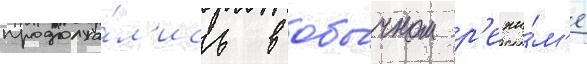
продолжа́л'ись в обы́чном р'ежи́м'е